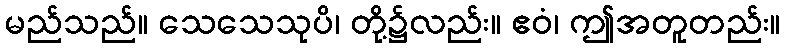
မည်သည်။ သေသေသုပိ၊ တို့၌လည်း။ ဧဝံ၊ ဤအတူတည်း။